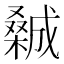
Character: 𣜽